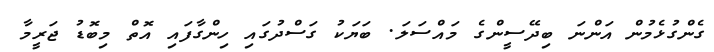
ގެންގުޅެމުން އަންނަ ބިދޭސީންގެ މައްސަލަ. ބަޔަކު ގަސްދުގައި ހިންގާފައި އޮތް މިބޮޑު ޖަރީމާ